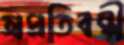
অপ্রতিবন্ধী